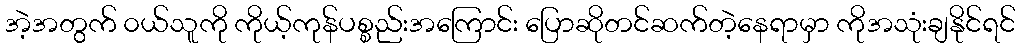
အဲ့အတွက် ၀ယ်သူကို ကိုယ့်ကုန်ပစ္စည်းအကြောင်း ပြောဆိုတင်ဆက်တဲ့နေရာမှာ ကိုအသုံးချနိုင်ရင်